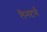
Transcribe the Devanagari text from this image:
लैनटर्न